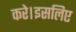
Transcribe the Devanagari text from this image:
करे।इसलिए